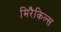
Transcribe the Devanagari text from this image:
मिरैकिल्स